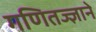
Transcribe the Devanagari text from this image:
गणितज्ज्ञाने